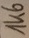
Text: 1K6